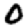
Digit: 0